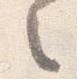
之